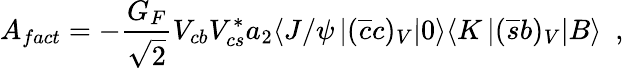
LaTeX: A_{fact}=-{\frac{G_{F}}{\sqrt{2}}}V_{cb}V_{cs}^{*}{{a_{2}}}\langle J/\psi\left|(\overline{{{c}}}c)_{V}\right|0\rangle\langle K\left|(\overline{{{s}}}b)_{V}\right|{B}\rangle~~,